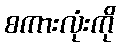
စကားလုံးကို